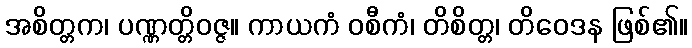
အစိတ္တက၊ ပဏ္ဏတ္တိဝဇ္ဇ။ ကာယကံ ဝစီကံ၊ တိစိတ္တ၊ တိဝေဒန ဖြစ်၏။